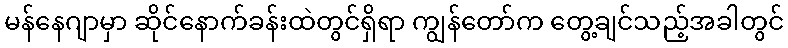
မန်နေဂျာမှာ ဆိုင်နောက်ခန်းထဲတွင်ရှိရာ ကျွန်တော်က တွေ့ချင်သည့်အခါတွင်